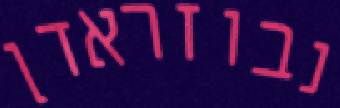
נבוזראדן